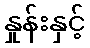
နှုန်းနှင့်